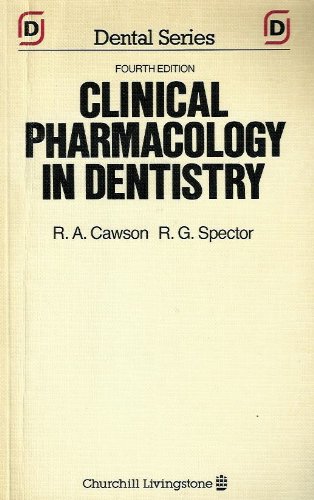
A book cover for Clinical Pharmacology in Dentistry (Churchill Livingstone Dental Series); R. A. Cawson; Medical Books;